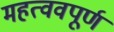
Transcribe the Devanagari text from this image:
महत्ववपूर्ण